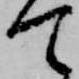
て